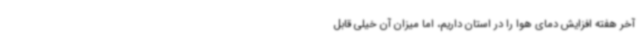
آخر هفته افزایش دمای هوا را در استان داریم، اما میزان آن خیلی قابل